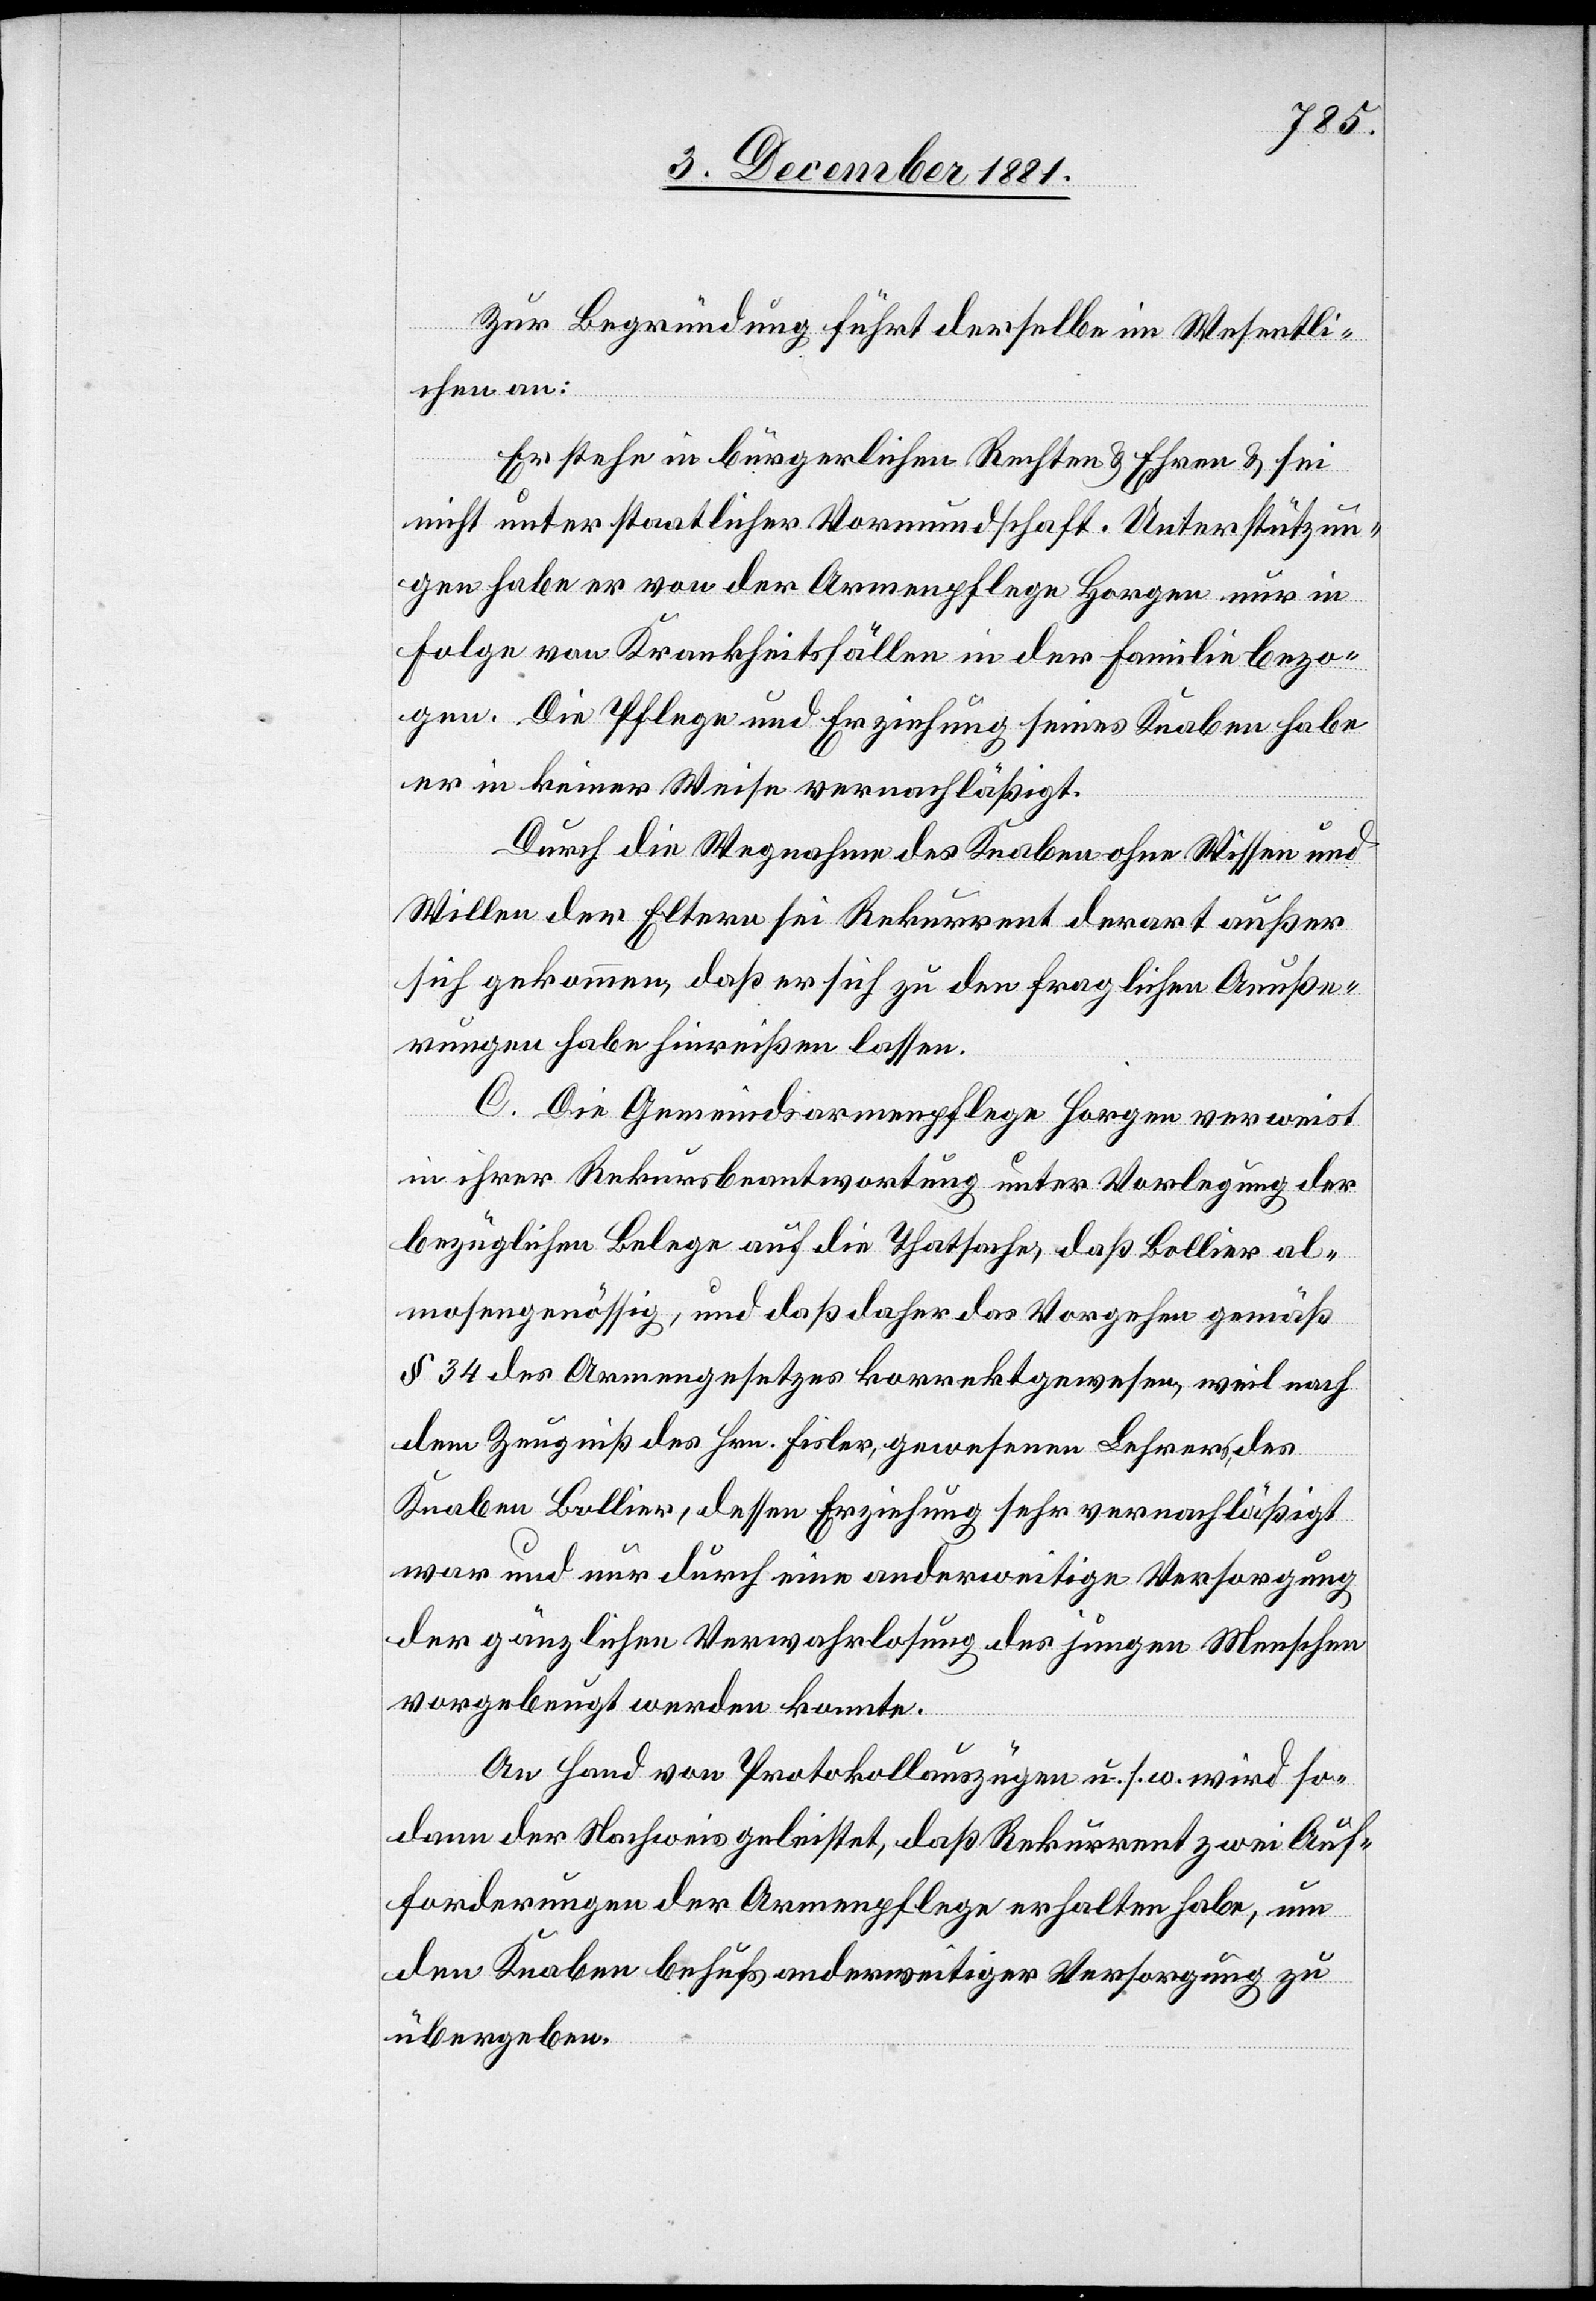
Zur Begründung führt derselbe im Wesentli¬
chen an:
Er stehe in bürgerlichen Rechten & Ehren & sei
nicht unter staatlicher Vormundschaft. Unterstützun¬
gen habe er von der Armenpflege Horgen nur in
Folge von Krankheitsfällen in der Familie bezo¬
gen. Die Pflege und Erziehung seines Knaben habe
er in keiner Weise vernachläßigt.
Durch die Wegnahme des Knaben ohne Wissen und
Willen der Eltern sei Rekurrent derart außer
sich gekommen, daß er sich zu den fraglichen Aeuße¬
rungen habe hinreißen lassen.
C. Die Gemeindsarmenpflege Horgen verweist
in ihrer Rekursbeantwortung unter Vorlegung der
bezüglichen Belege auf die Thatsache, daß Bollier al¬
mosengenössig, und daß daher das Vorgehen gemäß
§ 34 des Armengesetzes korrekt gewesen, weil nach
dem Zeugniß des Hrn. Fisler, gewesenen Lehrer, des
Knaben Bollier, dessen Erziehung sehr vernachläßigt
war und nur durch eine anderweitige Versorgung
der gänzlichen Verwahrlosung des jungen Menschen
vorgebeugt werden konnte.
An Hand von Protokollauszügen u. s. w. wird so¬
dann der Nachweis geleistet, daß Rekurrent zwei Auf¬
forderungen der Armenpflege erhalten habe, um
den Knaben behufs anderweitiger Versorgung zu
übergeben.